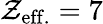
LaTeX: \mathcal{Z}_{\mathrm{{eff.}}}=7